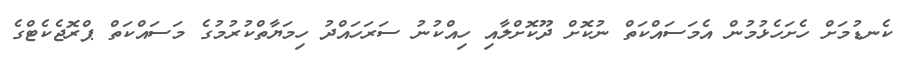
ކެނޑުމަށް ހެށަހެޅުމުން އެމަސައްކަތް ނުކޮށް ދޫކޮށްލާއި ހިއްކުނު ސަރަހައްދު ހިމަޔާތްކުރުމުގެ މަސައްކަތް ޕްރޮޖެކެޓްގެ